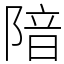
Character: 隌